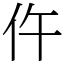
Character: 仵